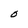
Character: O